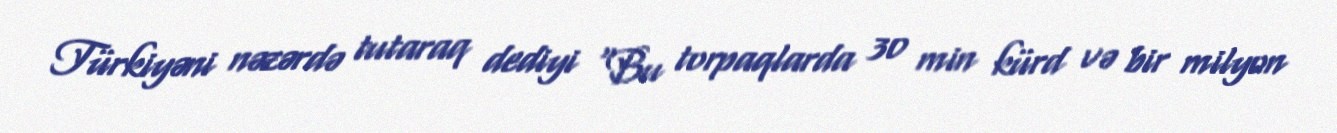
Türkiyəni nəzərdə tutaraq dediyi "Bu torpaqlarda 30 min kürd və bir milyon